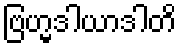
ဗြဟ္မဒါယာဒါတိ